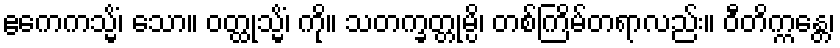
ဧကေကသ္မိံ၊ သော။ ဝတ္ထုသ္မိံ၊ ကို။ သတက္ခတ္တုမ္ပိ၊ တစ်ကြိမ်တရာလည်း။ ဝီတိက္ကန္တေ၊